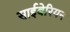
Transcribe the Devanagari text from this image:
साईबेरियन